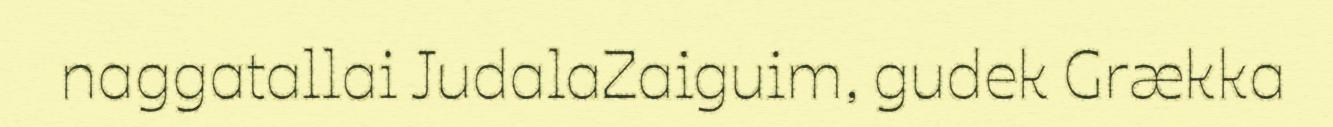
naggatallai JudalaZaiguim, gudek Grækka